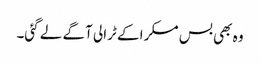
وہ بھی بس مسکرا کے ٹرالی آگے لے گئی۔